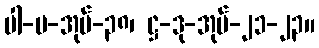
ပါ-ပ-အုပ်-၃၈၊ ဋ္ဌ-ဒု-အုပ်-၂၁-၂၃။